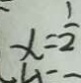
x = \frac { 1 } { 2 }